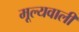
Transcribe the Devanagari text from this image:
मूल्यवाली